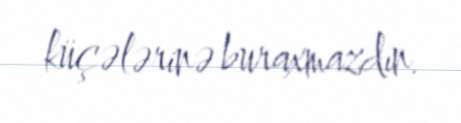
küçələrinə buraxmazdın.